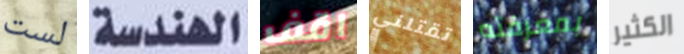
لست الهندسة اقف تقتلني بمعرفته الكثير